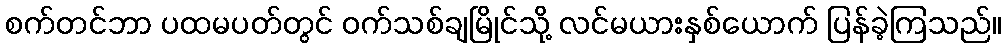
စက်တင်ဘာ ပထမပတ်တွင် ဝက်သစ်ချမြိုင်သို့ လင်မယားနှစ်ယောက် ပြန်ခဲ့ကြသည်။